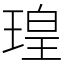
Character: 瑝